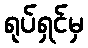
ရုပ်ရှင်မှ